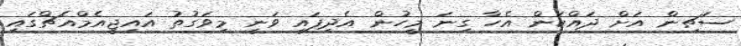
ސަޗިން އަށް ދައްކަން އެހާ ގިނަ މީހުން އެދިފައި ވަނީ މިވަގުތު އައިޖީއެމްއެޗްގައި